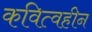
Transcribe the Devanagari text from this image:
कवित्वहीन